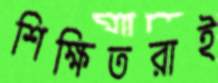
শিক্ষিতরাই